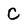
Character: C